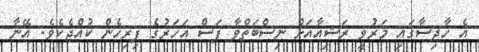
އެ ހާދިސާގައި މަރުވީ ރަޝިއާއަށް ނިސްބަތްވާ ފަސް އަހަރުގެ ފިރިހެން ކުއްޖެކެވެ. އޭނާ